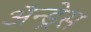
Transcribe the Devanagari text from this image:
ॲन्ड्रेस